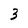
Character: 3